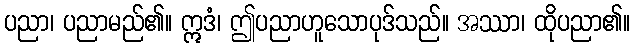
ပညာ၊ ပညာမည်၏။ ဣဒံ၊ ဤပညာဟူသောပုဒ်သည်။ အဿာ၊ ထိုပညာ၏။